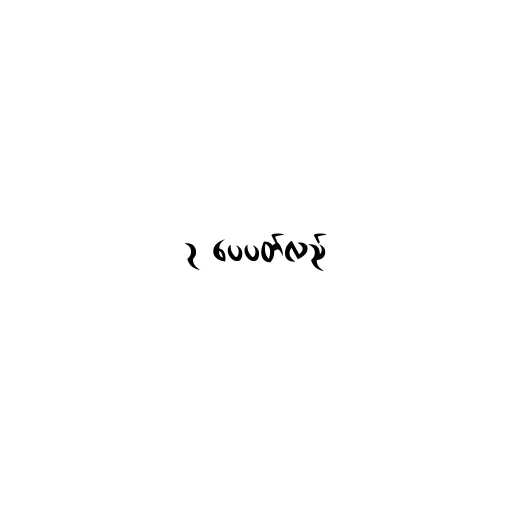
၃ ပေပတ်လည်